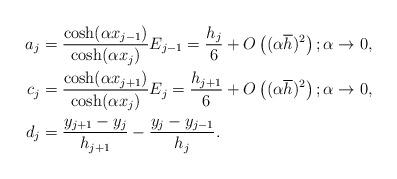
LaTeX: \begin{align*} a_{j} &=\dfrac{\cosh(\alpha x_{j-1})}{\cosh(\alpha x_j)}E_{j-1}=\dfrac{h_j}{6}+O\left((\alpha \overline{h})^2\right); \alpha\to 0,\\ c_{j} &=\dfrac{\cosh(\alpha x_{j+1})}{\cosh(\alpha x_j)}E_{j}=\dfrac{h_{j+1}}{6}+O\left((\alpha \overline{h})^2\right); \alpha\to 0, \\ d_{j} &= \dfrac{y_{j+1}-y_j}{h_{j+1}} - \dfrac{y_{j}-y_{j-1}}{h_j}.\end{align*}